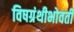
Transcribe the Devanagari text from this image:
विषग्रंथीभोवती